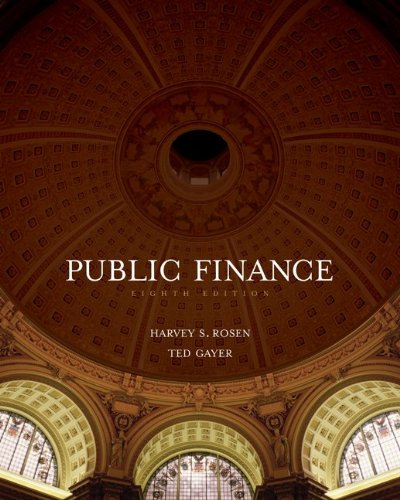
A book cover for Public Finance; Harvey Rosen; Business & Money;